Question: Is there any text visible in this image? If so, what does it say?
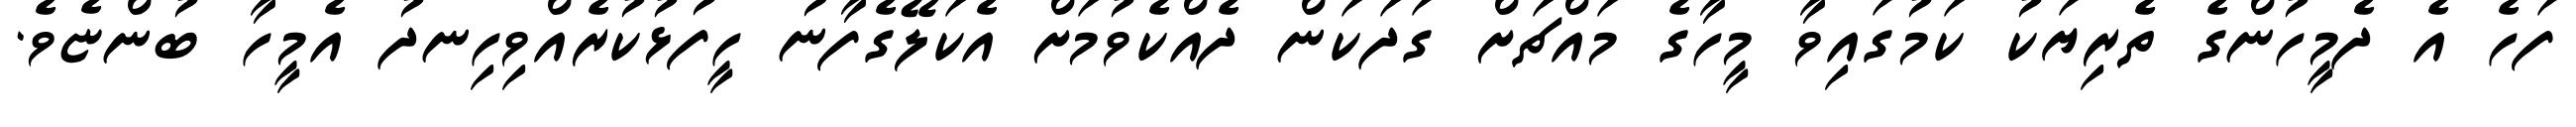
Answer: ފަހެ އެ ދެމީހުންގެ ތެރިޔަކު ކަމުގައިވާ މީހާގެ މައްޗަށް ގަދަކަން ދެއްކެވުމަށް އެކަލޭގެފާނު ހީފުޅުކުރެއްވިހިނދު އެމީހާ ބުންޏެވެ.